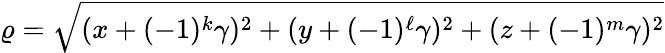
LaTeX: \varrho=\sqrt{(x+(-1)^{k}\gamma)^{2}+(y+(-1)^{\ell}\gamma)^{2}+(z+(-1)^{m}\gamma)^{2}}